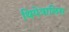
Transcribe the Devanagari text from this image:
थियेत्रालिस